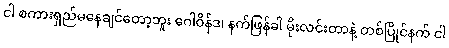
ငါ စကားရှည်မနေချင်တော့ဘူး ဂေါဝိန်ဒ၊ နက်ဖြန်ခါ မိုးလင်းတာနဲ့ တစ်ပြိုင်နက် ငါ